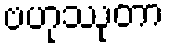
ဗဟုဿုတာ